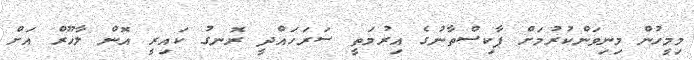
މިމީހުން މިނިވަންކުރުމަށް ޕާކިސްތާނުގެ އިރުމަތީ ސަރަހައްދީ ރޮނގު ކައިރީ އޮން ލާހޫރް އަށް